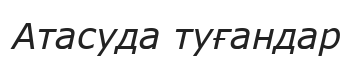
Атасуда туғандар